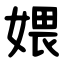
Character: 㛱